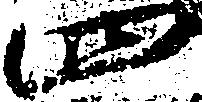
四